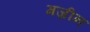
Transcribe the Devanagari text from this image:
मज़ीन